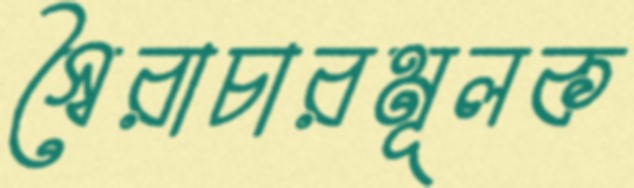
স্বৈরাচারমূলক